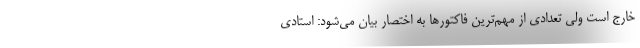
خارج است ولی تعدادی از مهم‌ترین فاکتورها به اختصار بیان می‌شود: استادی